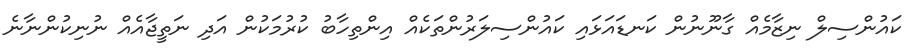
ކައުންސިލް ނިޒާމެއް ގާނޫނުން ކަނޑައަޅައި ކައުންސިލަރުންތަކެއް އިންތިހާބު ކުރުމަކުން އަދި ނަތީޖާއެއް ނުނިކުންނާނެ